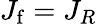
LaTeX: J_{\mathrm{f}}=J_{R}